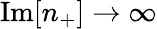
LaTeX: \mathrm{Im}[n_{+}]\rightarrow\infty